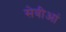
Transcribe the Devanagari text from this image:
सेवीआं